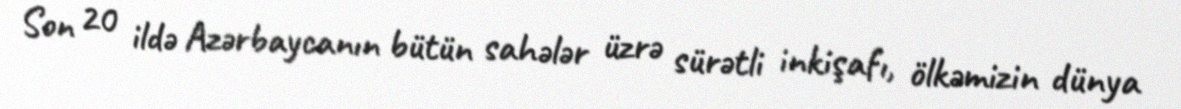
Son 20 ildə Azərbaycanın bütün sahələr üzrə sürətli inkişafı, ölkəmizin dünya